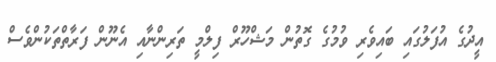
އީދުގެ އުފަލުގައި ބައިވެރި ވުމުގެ ގޮތުން މަޝްހޫރް ފިލްމީ ތަރިންނާއި އެނޫން ފަރާތްތަކުންވެސް